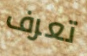
تعرف